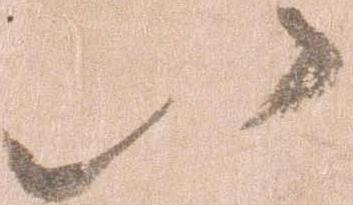
以